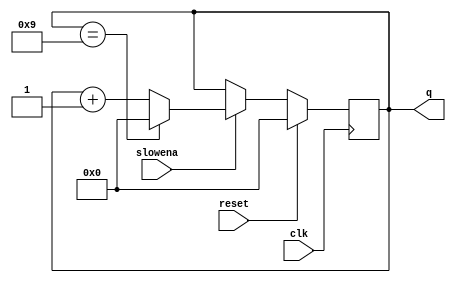
module top_module (
    input clk,
    input slowena,
    input reset,
    output [3:0] q);

always @(posedge clk) begin
	if (reset) q <= 4'b0000;	
	else if (slowena) begin
			if (q == 4'b1001) q <= 4'b0000;
			else q <= q + 4'b0001;
end
end
endmodule